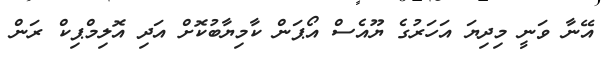
އޭނާ ވަނީ މިިދިޔަ އަހަރުގެ ޔޫއެސް އޯޕަން ކާމިޔާބުކޮށް އަދި އޮލިމްޕިކް ރަން